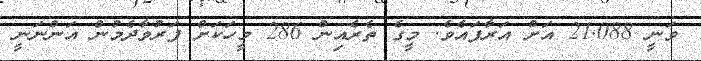
ވަނީ 21